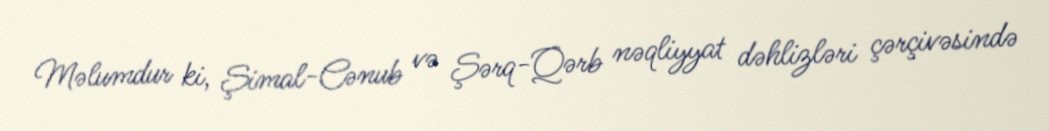
Məlumdur ki, Şimal-Cənub və Şərq-Qərb nəqliyyat dəhlizləri çərçivəsində